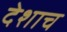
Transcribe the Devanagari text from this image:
देशाच